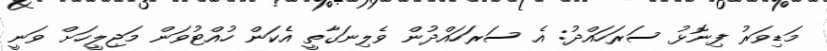
މަޑިވަރު ފިނޮޅު ސަރަހައްދު: އެ ސަރަހައްދުން ވެލިނަގާތީ އެކަން ހުއްޓުވަން މަޖިލީހަށް ވަނީ